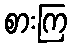
စားကြ